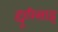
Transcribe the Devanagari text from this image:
ह्यूरिसाइ